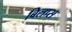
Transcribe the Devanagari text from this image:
बिलप्स